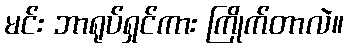
မင်း ဘာရုပ်ရှင်ကား ကြိုက်တာလဲ။